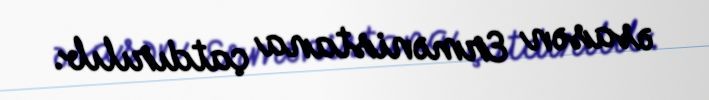
əsasən Ermənistana çatdırılıb.